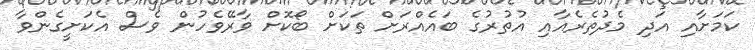
ކަމަށާއި އަދި މެދުތެރެއާއި އުތުރުގެ ބައެއްރަށް ތަކަށް ބޯކޮށް ވާރޭވެހުން ވެސް އެކަށީގެންވާ